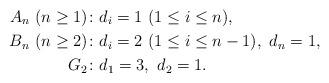
LaTeX: \begin{align*} A_{n}\ (n\geq 1) \colon & d_{i}=1\ (1\leq i\leq n),\\ B_{n}\ (n\geq 2) \colon & d_{i}=2\ (1\leq i\leq n-1),\ d_{n}=1,\\ G_2 \colon & d_{1}=3,\ d_{2}=1.\end{align*}